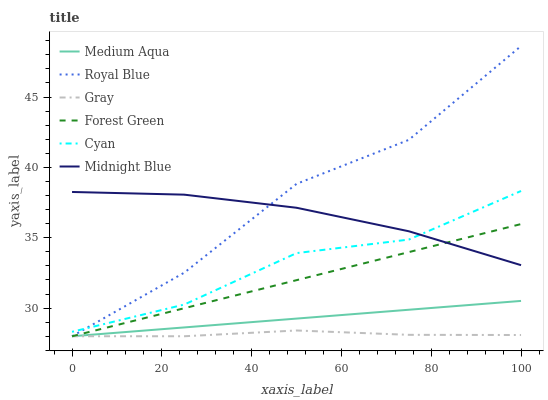
| xaxis_label | Medium Aqua | Royal Blue | Gray | Forest Green | Cyan | Midnight Blue |
 | --- | --- | --- | --- | --- | --- | --- |
 | 0 | 28 | 28 | 28 | 28 | 28.3 | 38.3 |
 | 25 | 28.6 | 32.5 | 28 | 30 | 30.3 | 38.1 |
 | 50 | 29.3 | 38.8 | 28.4 | 32 | 33.9 | 37.1 |
 | 75 | 29.9 | 42 | 28.1 | 34 | 34.9 | 35.5 |
 | 100 | 30.5 | 48.6 | 28.1 | 36 | 38.3 | 33.1 |